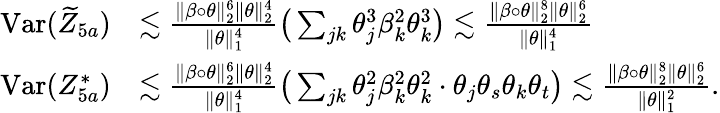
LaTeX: \begin{array}{rl}{\mathrm{Var}(\widetilde{Z}_{5a})}&{\lesssim\frac{\| \beta\circ\theta\| _{2}^{6}\| \theta\| _{2}^{4}}{\| \theta\| _{1}^{4}}\big(\sum_{jk}\theta_{j}^{3}\beta_{k}^{2}\theta_{k}^{3}\big)\lesssim\frac{\| \beta\circ\theta\| _{2}^{8}\| \theta\| _{2}^{6}}{\| \theta\| _{1}^{4}}}\\ {\mathrm{Var}(Z_{5a}^{*})}&{\lesssim\frac{\| \beta\circ\theta\| _{2}^{6}\| \theta\| _{2}^{4}}{\| \theta\| _{1}^{4}}\big(\sum_{jk}\theta_{j}^{2}\beta_{k}^{2}\theta_{k}^{2}\cdot\theta_{j}\theta_{s}\theta_{k}\theta_{t}\big)\lesssim\frac{\| \beta\circ\theta\| _{2}^{8}\| \theta\| _{2}^{6}}{\| \theta\| _{1}^{2}}.}\end{array}